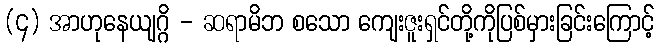
(၄) အာဟုနေယျဂ္ဂိ - ဆရာမိဘ စသော ကျေးဇူးရှင်တို့ကိုပြစ်မှားခြင်းကြောင့်